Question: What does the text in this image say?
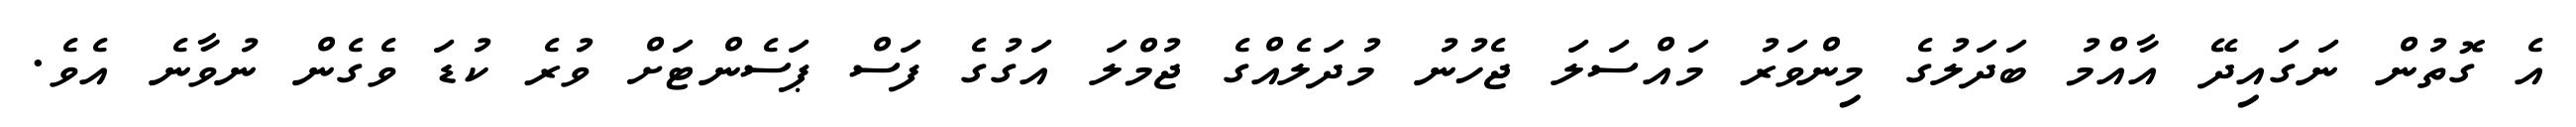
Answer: އެ ގޮތުން ނަގައިދޭ އާއްމު ބަދަލުގެ މިންވަރު މައްސަލަ ޖެހުނު މުދަލެއްގެ ޖުމްލަ އަގުގެ ފަސް ޕަސެންޓަށް ވުރެ ކުޑަ ވެގެން ނުވާނެ އެވެ.